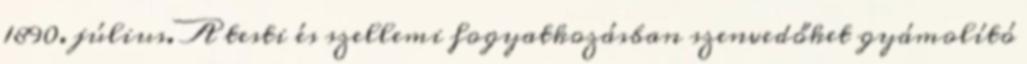
1890. július. A testi és szellemi fogyatkozásban szenvedőket gyámolító